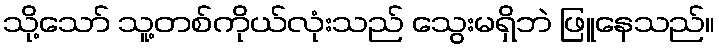
သို့သော် သူ့တစ်ကိုယ်လုံးသည် သွေးမရှိဘဲ ဖြူနေသည်။